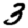
Digit: 3